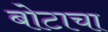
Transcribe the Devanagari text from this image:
बोटाचा